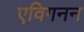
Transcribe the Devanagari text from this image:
एविगनन